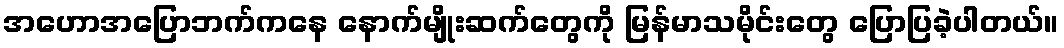
အဟောအပြောဘက်ကနေ နောက်မျိုးဆက်တွေကို မြန်မာသမိုင်းတွေ ပြောပြခဲ့ပါတယ်။